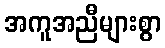
အကူအညီများစွာ